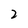
Character: 2